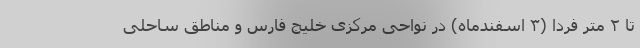
تا ۲ متر فردا (۳ اسفندماه) در نواحی مرکزی خلیج فارس و مناطق ساحلی